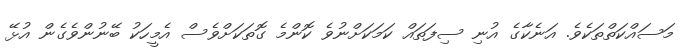
މަސައްކަތްތަކެވެ. އަނެކާގެ އުނި ސިފަތައް ކަމަކަށްނުވެ ކޮންމެ ގޮތަކަށްވެސް އެމީހަކު ބޭނުންވެގެން އުޅޭ